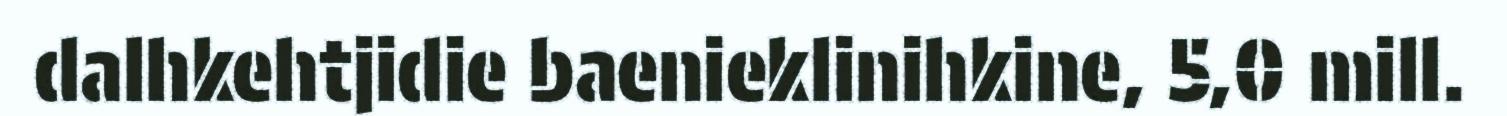
dalhkehtjidie baenieklinihkine, 5,0 mill.